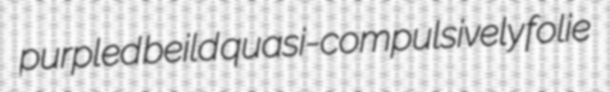
purpled beild quasi-compulsively folie